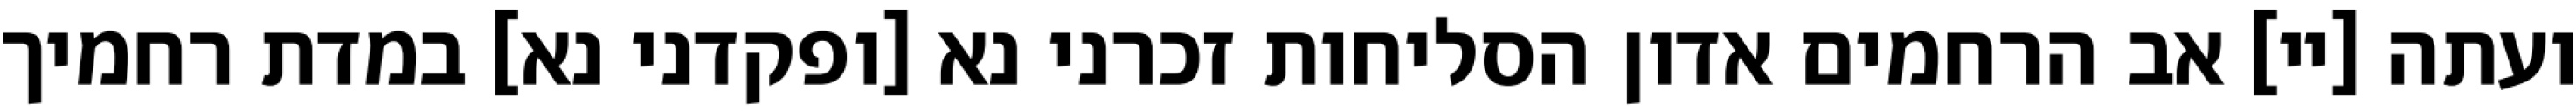
ועתה [יי] אב הרחמים אדון הסליחות זכרני נא [ופקדני נא] במדת רחמיך